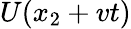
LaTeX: U(x_{2}+vt)